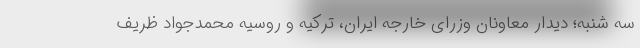
سه شنبه؛ دیدار معاونان وزرای خارجه ایران، ترکیه و روسیه محمدجواد ظریف